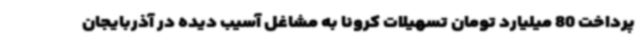
پرداخت 80 میلیارد تومان تسهیلات کرونا به مشاغل آسیب دیده در آذربایجان